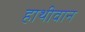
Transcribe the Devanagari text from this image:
हाथीवान